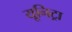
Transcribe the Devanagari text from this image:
यूनिट्रा